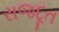
રાજદૂત